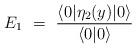
LaTeX: \begin{align*}E_1 \ =\ \frac{\langle 0 \vert \eta_2(y) \vert 0 \rangle}{\langle 0 \vert 0 \rangle}\end{align*}